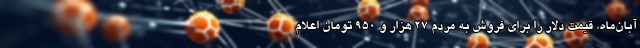
آبان‌ماه، قیمت دلار را برای فروش به مردم ۲۷ هزار و ۹۵۰ تومان اعلام